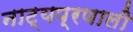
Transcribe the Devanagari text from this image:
नाट्यप्रणाली